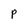
Character: P